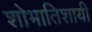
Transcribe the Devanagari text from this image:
शोभातिशायी